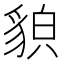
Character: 𧳖